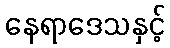
နေရာဒေသနှင့်